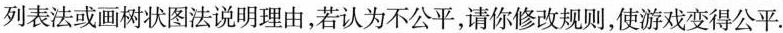
列表法或画树状图法说明理由，若认为不公平，请你修改规则，使游戏变得公平.